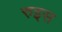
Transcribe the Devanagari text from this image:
रुइस